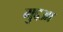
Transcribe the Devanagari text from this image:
मुद्दआ